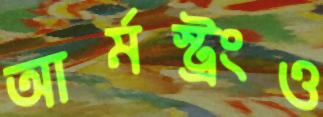
আর্মস্ট্রংও